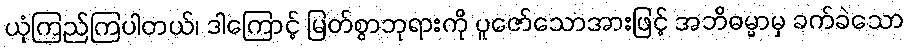
ယုံကြည်ကြပါတယ်၊ ဒါကြောင့် မြတ်စွာဘုရားကို ပူဇော်သောအားဖြင့် အဘိဓမ္မာမှ ခက်ခဲသော